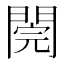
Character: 𨵄